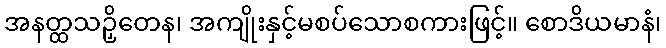
အနတ္ထသဉှိတေန၊ အကျိုးနှင့်မစပ်သောစကားဖြင့်။ စောဒိယမာနံ၊